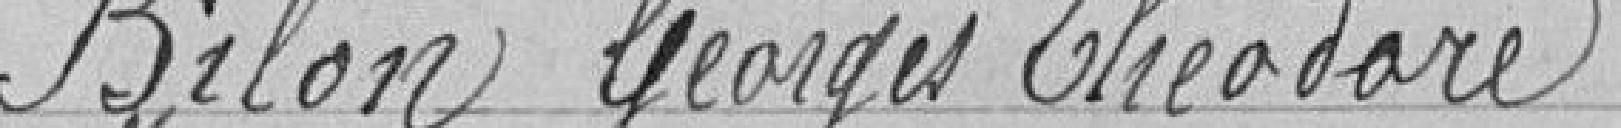
BILON Georges Théodore